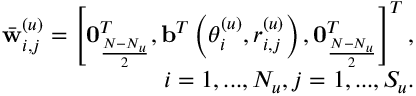
\begin{array} { r } { \bar { \mathbf { w } } _ { i , j } ^ { ( u ) } = \left[ \mathbf { 0 } _ { \frac { N - N _ { u } } { 2 } } ^ { T } , \mathbf { b } ^ { T } \left( \theta _ { i } ^ { ( u ) } , r _ { i , j } ^ { ( u ) } \right) , \mathbf { 0 } _ { \frac { N - N _ { u } } { 2 } } ^ { T } \right] ^ { T } , } \\ { i = 1 , . . . , N _ { u } , j = 1 , . . . , S _ { u } . } \end{array}